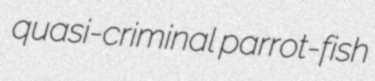
quasi-criminal parrot-fish